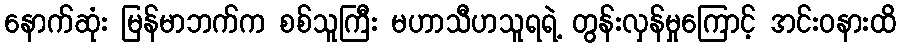
နောက်ဆုံး မြန်မာဘက်က စစ်သူကြီး မဟာသီဟသူရရဲ့ တွန်းလှန်မှုကြောင့် အင်းဝနားထိ